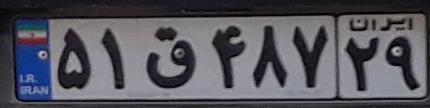
۵۱ق۴۸۷۲۹